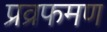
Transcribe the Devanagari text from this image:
प्रव्रफमण